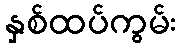
နှစ်ထပ်ကွမ်း